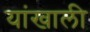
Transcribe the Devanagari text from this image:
यांखाली